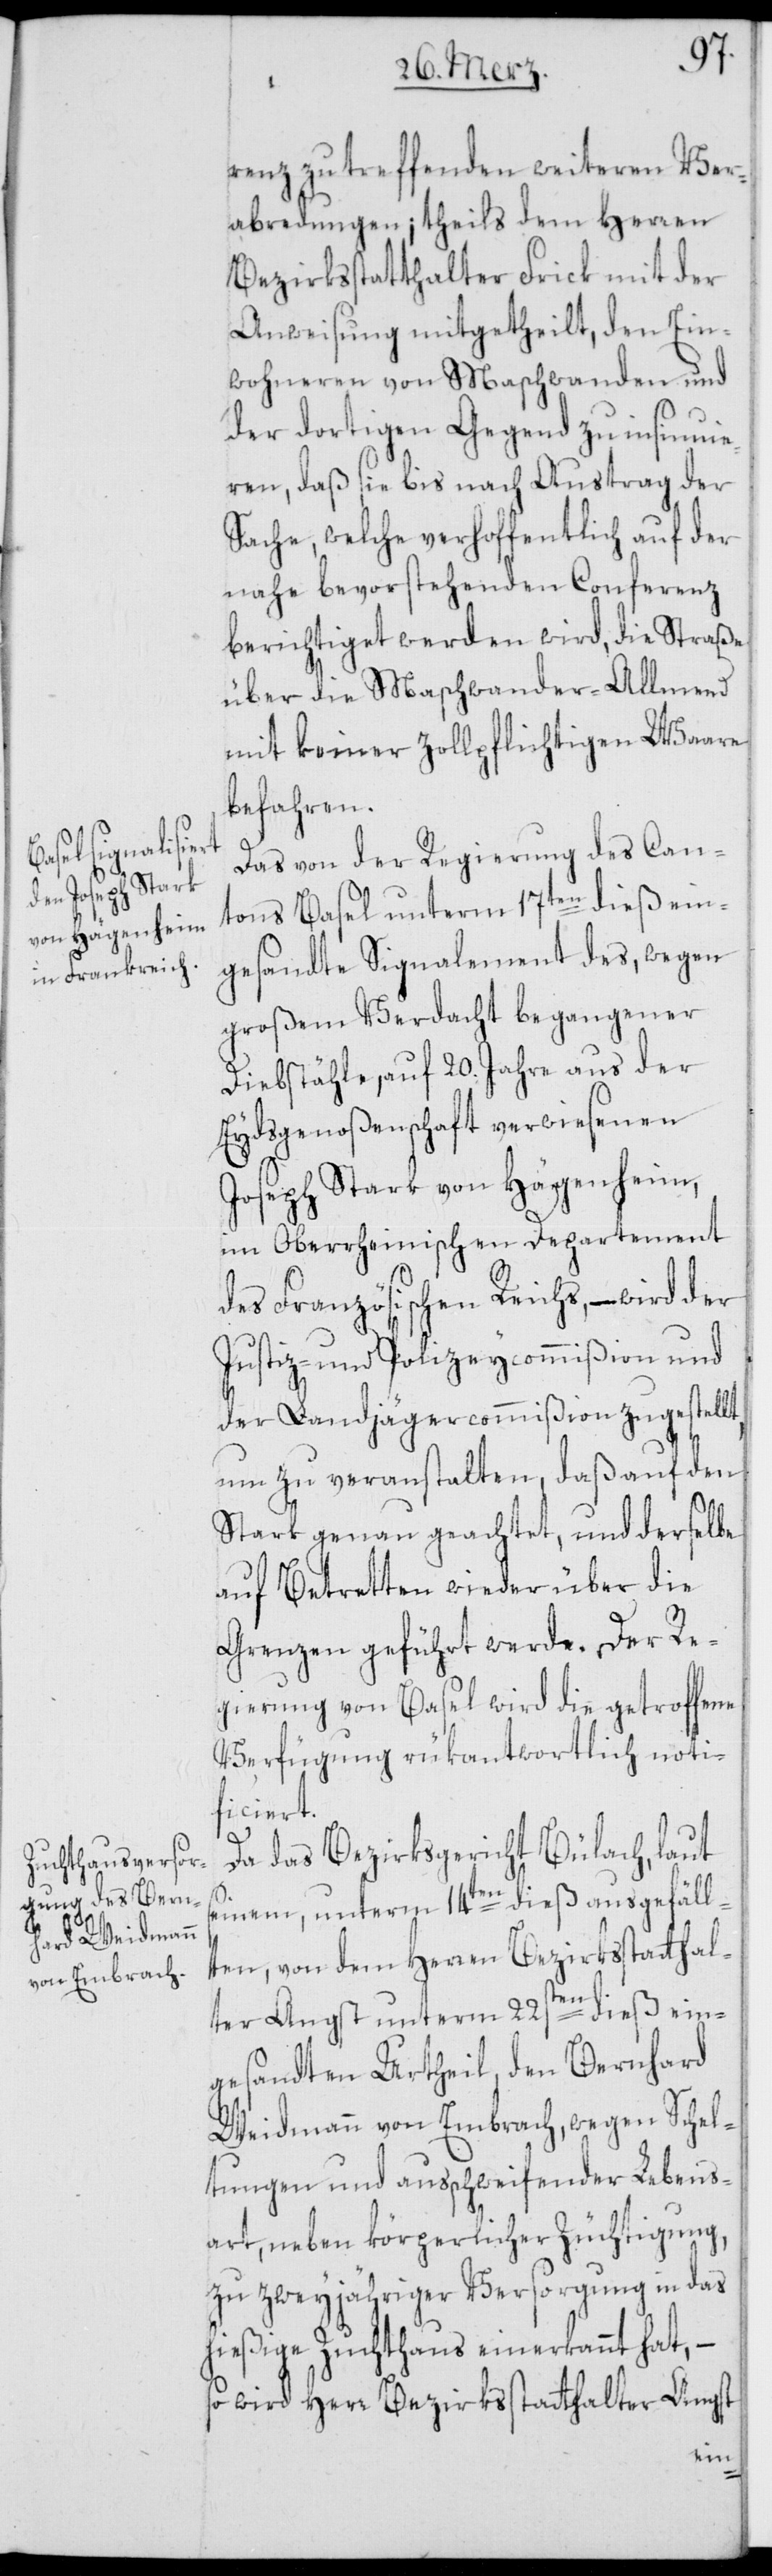
renz zu treffenden weiteren Ver¬
abredungen; theils dem Herren
Bezirksstatthalter Frick mit der
Anweisung mitgetheilt, den Ein¬
wohneren von Maschwanden und
der dortigen Gegend zu insinnui¬
eren, daß sie bis nach Austrag der
Sache, welche verhoffentlich auf der
nahe bevorstehenden Conferenz
berichtiget werden wird, die Straße
über die Maschwander Allmend
mit keiner zollpflichtigen Waare
befahren.
fe¬
Das von der Regierung des Can¬
tons Basel unterm 17ten dieß ein¬
gesandte Signalement des, wegen
großem Verdacht begangener
Diebstähle, auf 20. Jahre aus der
Eydsgenoßenschaft verwiesenen
Joseph Stark von Hägenheim,
im Oberrheinischen Departement
des Französischen Reichs, – wird der
Justiz- und Polizeycommißion und
der Landjägercommißion zugestellt,
um zu veranstalten, daß auf den
Stark genau geachtet, und derselbe
auf Betretten wieder über die
Grenzen geführt werde. Der Re¬
gierung von Basel wird die getroffene
Verfügung rükantwortlich noti¬
ficiert.
Da das Bezirksgericht Bülach, laut
seinem, unterm 14ten dieß ausgefäll¬
ten, von dem Herren Bezirksstatthal¬
ter Angst unterm 22sten dieß ein¬
gesandten Urtheil, den Bernhard
Weidmann von Embrach, wegen Schel¬
tungen und ausschweifender Lebens¬
art, neben körperliche Züchtigung,
zu zweyjähriger Versorgung in das
hießige Zuchthaus einerkannt hat, –
so wird Herr Bezirksstatthalter Angst